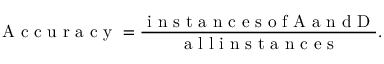
\mathrm { ~ A ~ c ~ c ~ u ~ r ~ a ~ c ~ y ~ } = \frac { \mathrm { ~ i ~ n ~ s ~ t ~ a ~ n ~ c ~ e ~ s ~ o ~ f ~ A ~ a ~ n ~ d ~ D ~ } } { \mathrm { ~ a ~ l ~ l ~ i ~ n ~ s ~ t ~ a ~ n ~ c ~ e ~ s ~ } } .